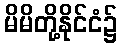
မိမိတို့နိုင်ငံ၌